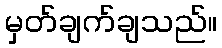
မှတ်ချက်ချသည်။